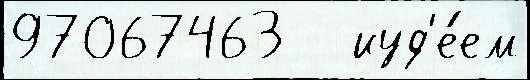
97067463   иуд'е́ем